Document type: Sale
Year: 1435
Scribe: Pere Soler
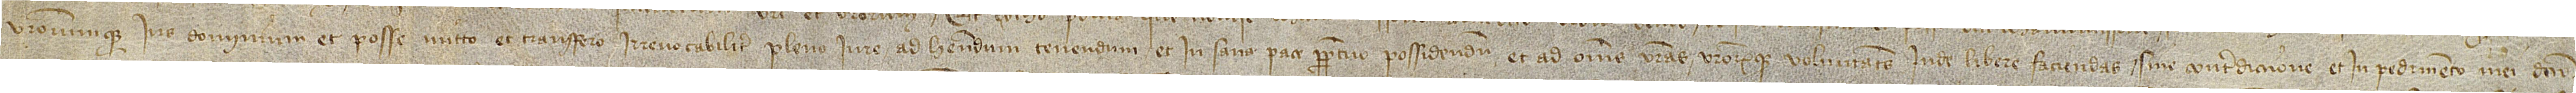
vestrorumque ius, dominium et posse mitto et transfero irrevocabiliter pleno iure, ad habendum, tenendum et in sana pace perpetuo possidendum, et ad omnes vestras vestrorumque voluntates inde libere faciendas, sine contradiccione et inpedimento mei dicto